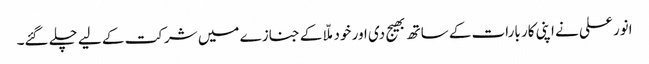
انور علی نے اپنی کار بارات کے ساتھ بھیج دی اور خود ملّا کے جنازے میں شرکت کے لیے چلے گئے۔